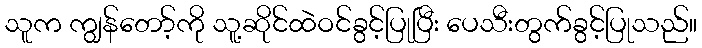
သူက ကျွန်တော့်ကို သူ့ဆိုင်ထဲဝင်ခွင့်ပြုပြီး ပေသီးတွက်ခွင့်ပြုသည်။